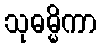
သုဓမ္မိကာ